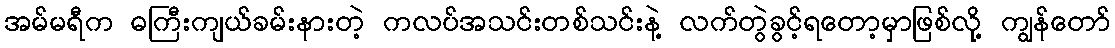
အမ်မရီက ဓကြီးကျယ်ခမ်းနားတဲ့ ကလပ်အသင်းတစ်သင်းနဲ့ လက်တွဲခွင့်ရတော့မှာဖြစ်လို့ ကျွန်တော်